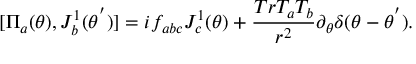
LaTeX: [ { \Pi } _ { a } ( \theta ) , J _ { b } ^ { 1 } ( { \theta } ^ { ' } ) ] = i f _ { a b c } J _ { c } ^ { 1 } ( \theta ) + \frac { T r T _ { a } T _ { b } } { r ^ { 2 } } { \partial } _ { \theta } { \delta } ( \theta - { \theta } ^ { ' } ) .